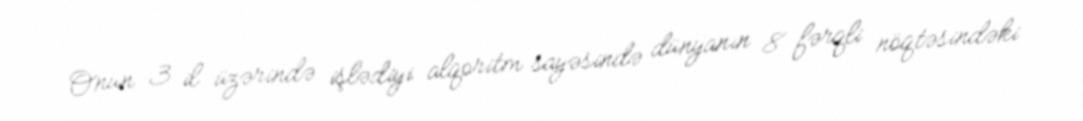
Onun 3 il üzərində işlədiyi alqoritm sayəsində dünyanın 8 fərqli nöqtəsindəki